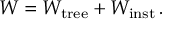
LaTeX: { \cal W } = { \cal W } _ { \mathrm { t r e e } } + { \cal W } _ { \mathrm { i n s t } } \, .